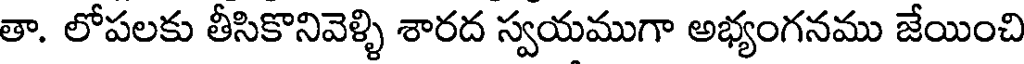
తా. లోపలకు తీసికొనివెళ్ళి శారద స్వయముగా అభ్యంగనము జేయించి